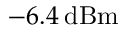
- 6 . 4 \: \mathrm { d B m }